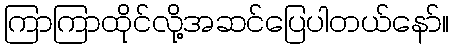
ကြာကြာထိုင်လို့အဆင်ပြေပါတယ်နော်။